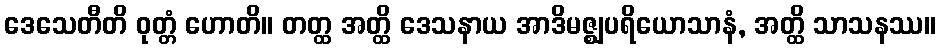
ဒေသေတီတိ ဝုတ္တံ ဟောတိ။ တတ္ထ အတ္ထိ ဒေသနာယ အာဒိမဇ္ဈပရိယောသာနံ, အတ္ထိ သာသနဿ။